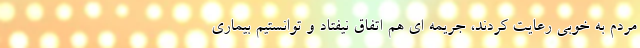
مردم به خوبی رعایت کردند، جریمه ای هم اتفاق نیفتاد و توانستیم بیماری